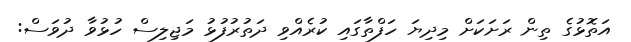
އަތޮޅުގެ ތިން ރަށަކަށް މިދިޔަ ހަފްތާގައި ކުރެއްވި ދަތުރުފުޅު މަޖިލިސް ހުޅުވާ ދުވަސް: